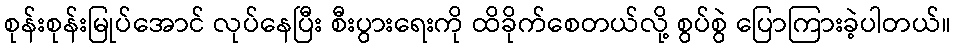
စုန်းစုန်းမြုပ်အောင် လုပ်နေပြီး စီးပွားရေးကို ထိခိုက်စေတယ်လို့ စွပ်စွဲ ပြောကြားခဲ့ပါတယ်။